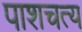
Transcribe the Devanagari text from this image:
पाशचत्य